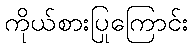
ကိုယ်စားပြုကြောင်း